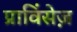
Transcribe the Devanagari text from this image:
प्राविंसेज़